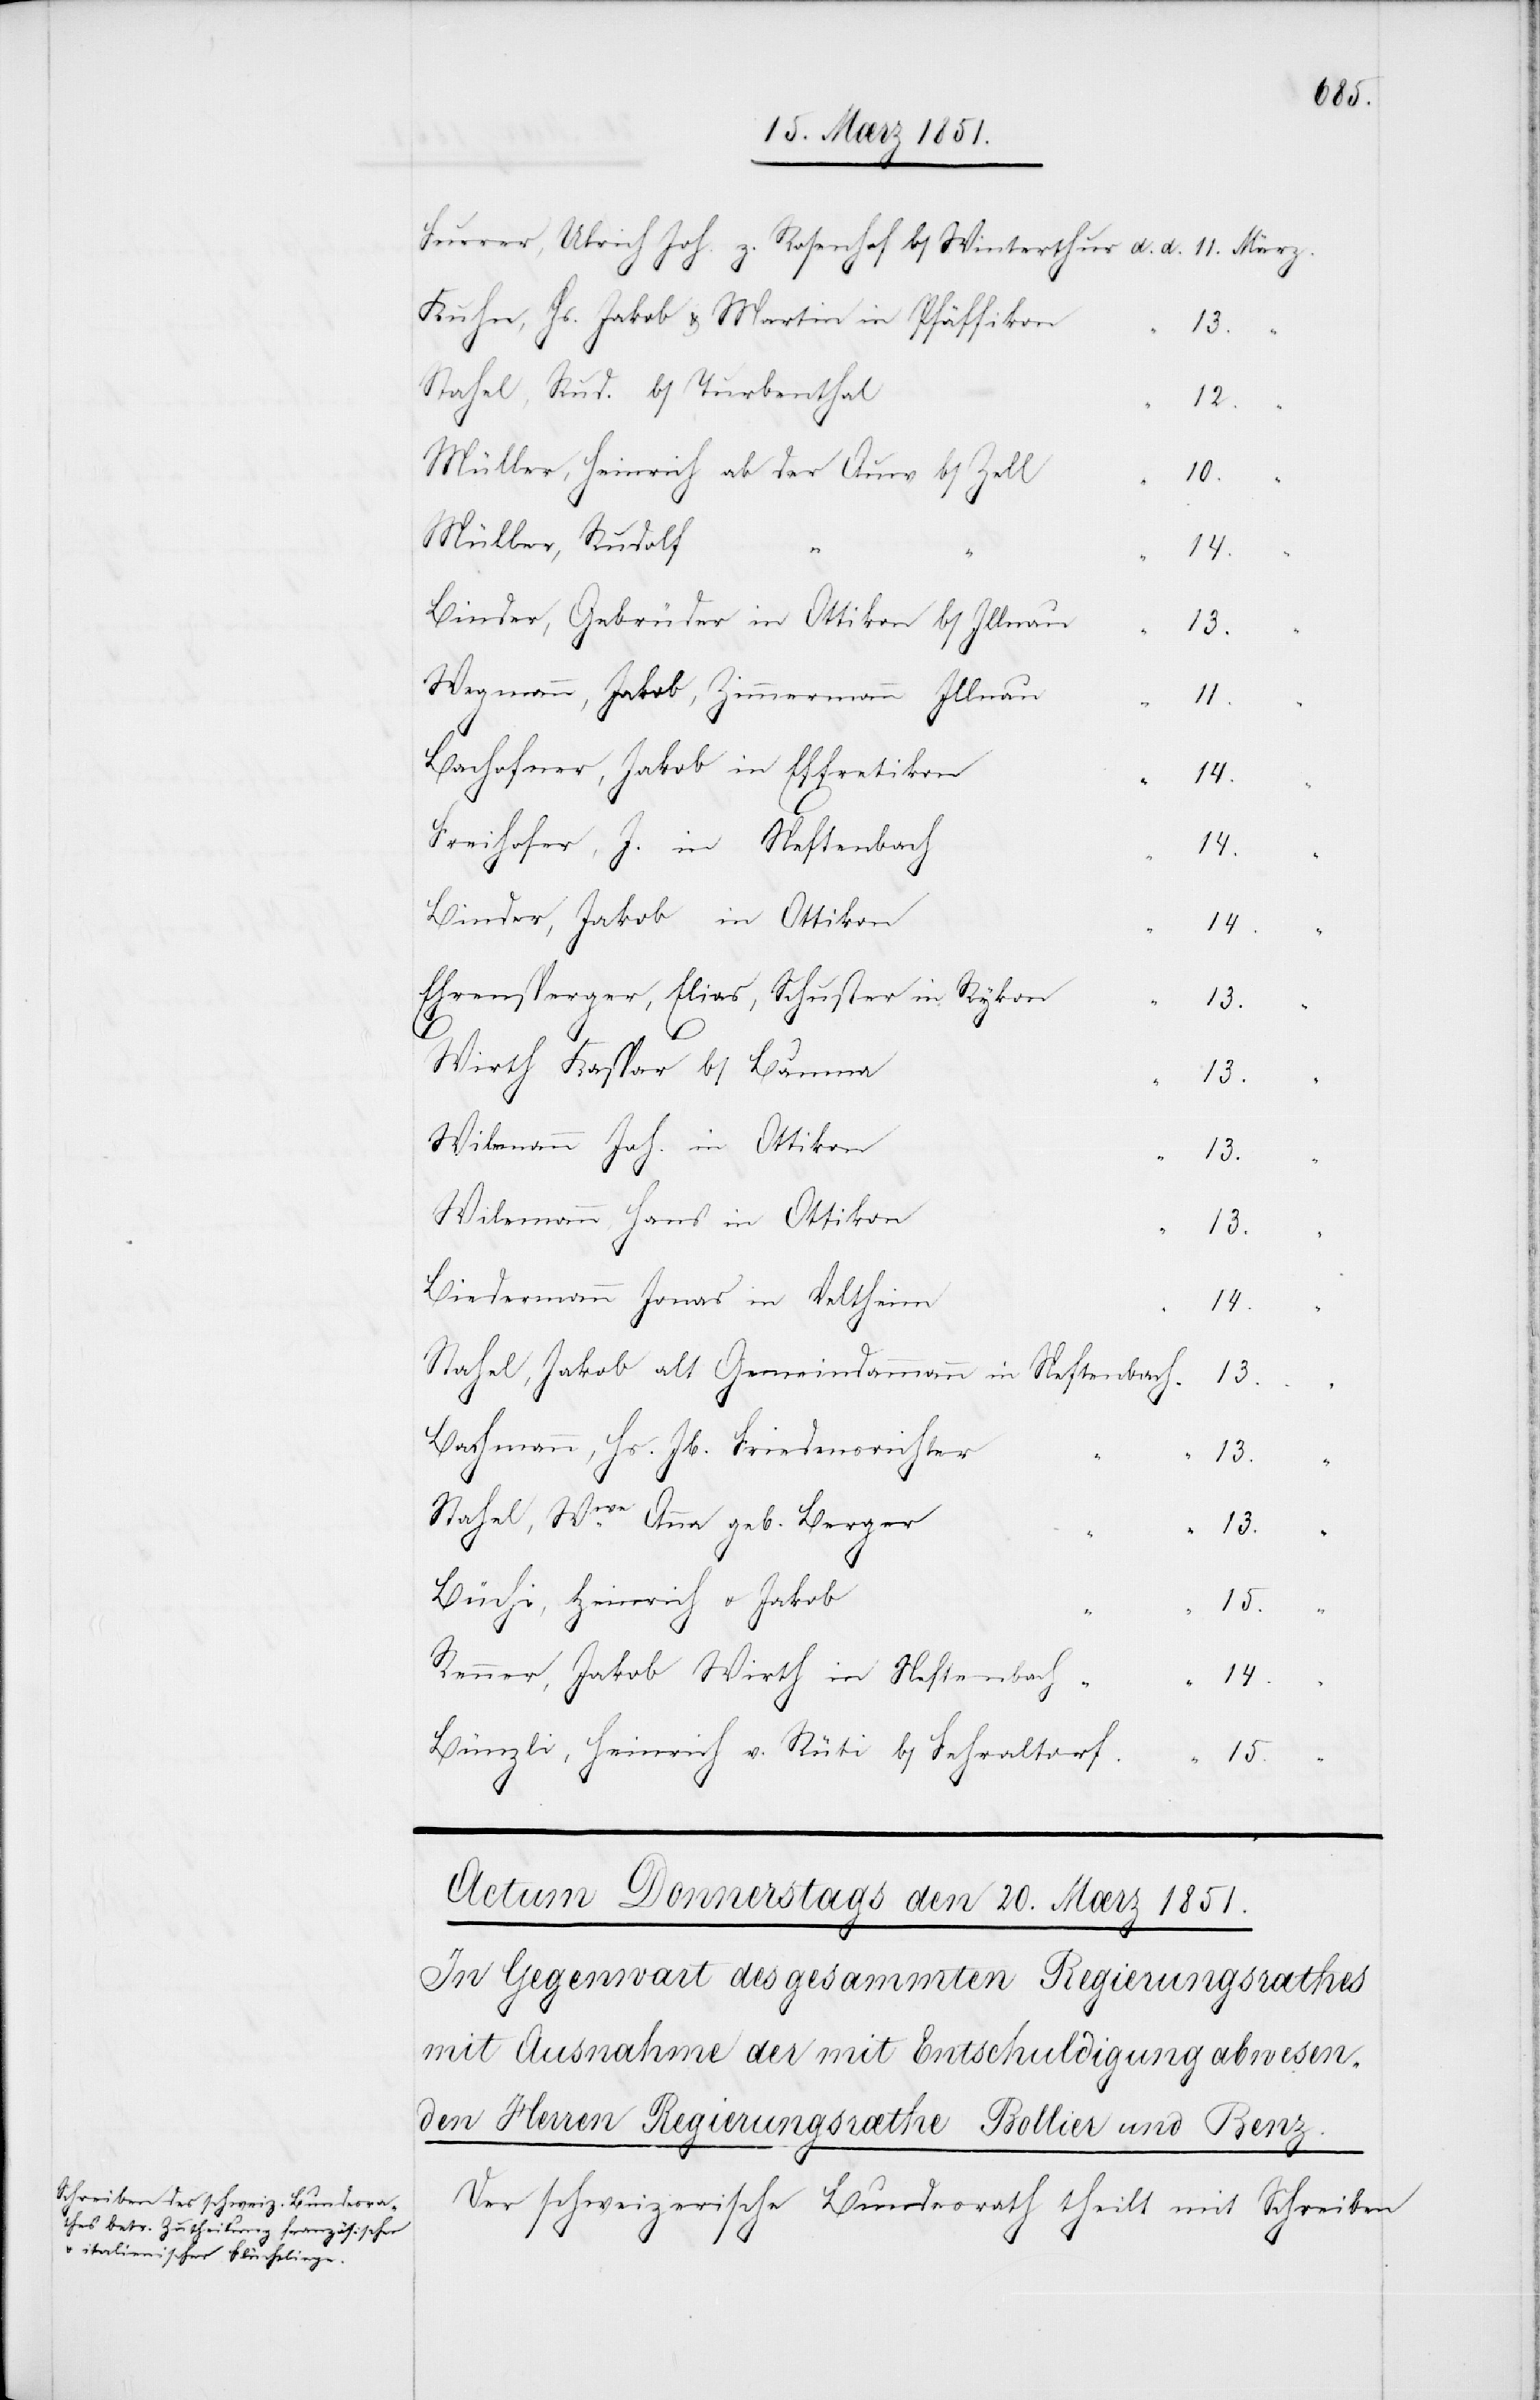
Furrer, Ulrich Joh. z.
Kuhn, Hs. Jakob & Martin in Pfäffikon
13.
Stahel, Rud. b/Turbenthal
12.
Müller, Heinrich ab der Auw b/Zell
10.
Müller, Rudolf
“
14.
Binder, Gebrüder in Ottikon
b/Illnau
13.
Wegmann, Jakob, Zimmermann [in] Illnau
11.
Bachofner, Jakob in Effretikon
14.
Freihofer, J. in Neftenbach
14.
Binder, Jakob in Ottikon
14.
Ehrensperger, Elias, Schuster in Rykon
13.
Wirth Kaspar b/Bauma
13.
Wilemann Joh. in Ottikon
13.
Wilemann, Hans in Ottikon
13.
Biedermann Jonas in Veltheim
14.
Stahel, Jakob alt Gemeindammann in Neftenbach
13.
Bachmann, Hs. Jb. Friedensrichter
13.
Stahel, Wwe. Anna geb. Berger
13.
Büchi, Heinrich u. Jakob
15.
d.
Renner, Jakob Wirth in Neftenbach “
14.
Bünzli, Heinrich v. Rüti b/Fehraltorf.
Der schweizerische Bundesrath theilt mit Schreiben